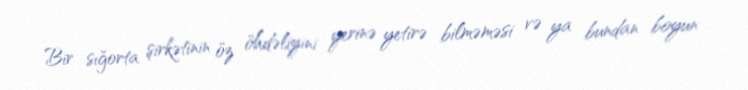
Bir sığorta şirkətinin öz öhdəliyini yerinə yetirə bilməməsi və ya bundan boyun